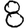
Digit: 8